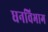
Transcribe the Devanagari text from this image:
धनविभाग